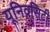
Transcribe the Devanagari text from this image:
यूनिव्रसिटी